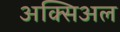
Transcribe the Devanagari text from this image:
अक्सिअल